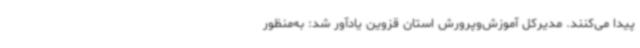
پیدا می‌کنند. مدیرکل آموزش‌وپرورش استان قزوین یادآور شد: به‌منظور